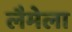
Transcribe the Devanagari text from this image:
लैमेला